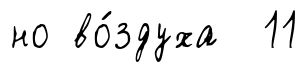
но во́здуха 11